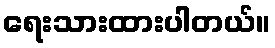
ရေးသားထားပါတယ်။